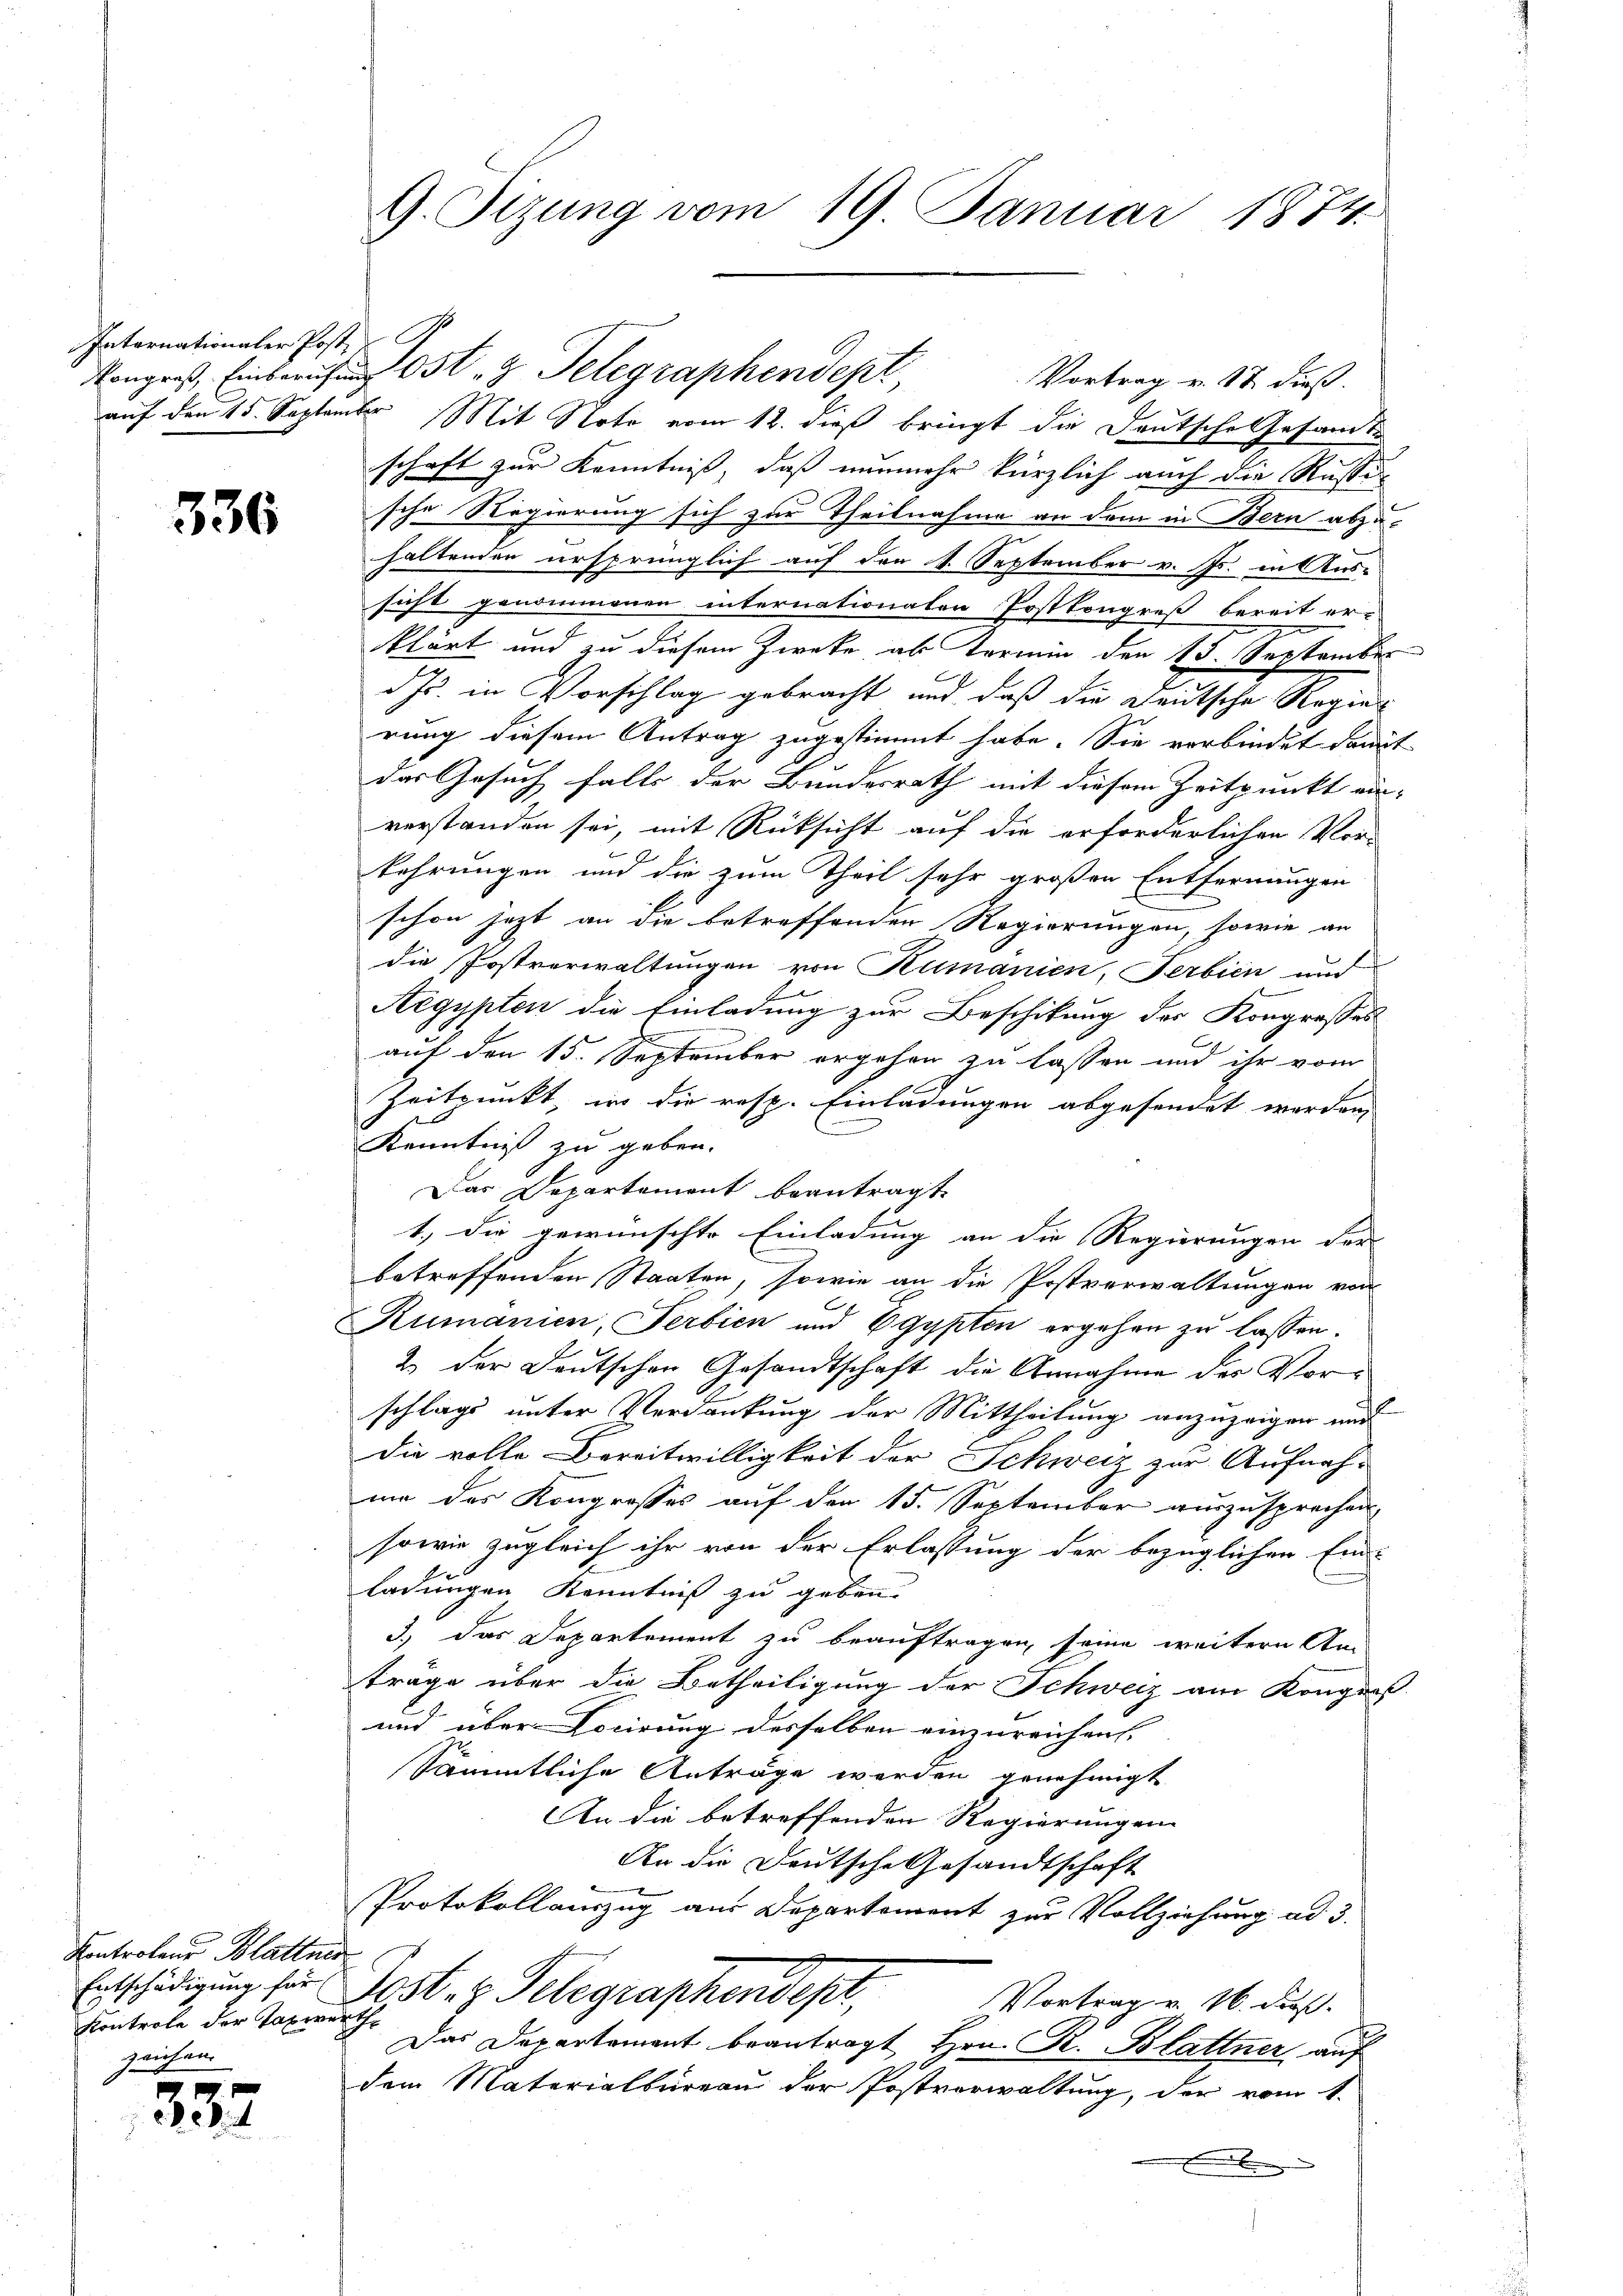
Internationaler Post,

336

Kontrolens Blattner
Kontrole der Taxwerth
zeichen.

337

Kongreß, Einberufen Ost 8 Telegraphendept
Vortrag v. 18 dieß.
auf den 15. September Mit Noto vom 12. dieß bringt die Deutsche Gesamte
schaft zur Kenntniß, daß nunmehr kürzlich auch die Russic
sche Regierung sich zur Theilnahme an dem in Bern abzu-
haltenden ursprünglich auf den 4. September v. Js. in Aus-
sicht genommenen internationaten Postkongreß bereit er-
klärt und zu diesem Zwecke als Vormin den 15. September
d J. in Vorschlag gebracht und daß die Deutsche Regier
rung diesem Antrag zugestimmt habe. Sie verbindet damit
das Gesuch falls der Bundesrath mit diesem Zeitpunkt ein-
verstanden sei, mit Rücksicht auf die erforderlichen Vor-
kehrungen und die zum Theil sehr großen Entfernungen
schon jetzt an die betreffenden Regierungen, sowie an
die Postverwaltungen von Rumanien, Serbien und
Aegypten die Einladung zur Beschikung der Kongresses
auf den 15. September ergehen zu lassen und ihr vom
Zeitpunkt, in die resp. Einladungen abgesendet werden,
.
Kenntniß zu geben.
Das Departement beantragt,
1.) Die gewünschte Einladung an die Regierungen der
betreffenden Staaten, sowie an die Postverwaltungen von
Rumanien, Serbien und Egypten ergehen zu lassen.
2 der Deutschen Gesandtschaft die Annahme der Vorschlags unter Verdankung der Mittheilung anzuzeigen und
die volle Bereitwilligkeit der Schweiz zur Aufnahme des Kongrosses auf den 15. September auszusprechen
sowie zugleich ihr von der Erlassung der bezüglichen Ein
ladungen Kenntniß zu geben.
3.) Das Departement zu beauftragen seine weitern An-
träge über die Betheiligung der Schweiz am Kongroß
und über Locirung desselben einzureichen
Sämmtliche Anträge werden genehmigt
An die betreffenden Regierungen
An die Deutsche Gesandtschaft
Protokollauszug aus Departement zur Vollziehung ad 3.
Entschädigung für Jost es Telegraphendept,
Vortrag v. 16. daß
Das Departement beantragt Hrn. R. Blattner auf
dem Materialbureau der Postverwaltung, der vom 1.
.

9. Sizung vom 19. Januar 1874.